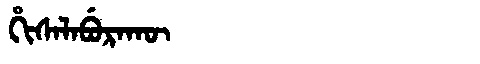
Manchu: ᡥᡳᠰᠠᠯᠠᠪᡠᡵᠠᡴᡡ
Romanization: HISALABURAKŪ